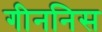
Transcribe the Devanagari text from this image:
गीननिस